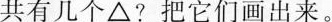
共有几个\bigtriangleup ?把它们画出来。